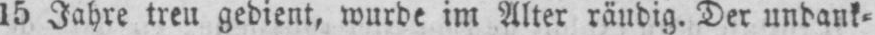
15 Jahre treu gedient, wurde im Alter räudig. Der undank⸗